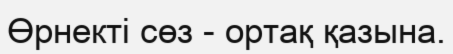
Өрнекті сөз - ортақ қазына.